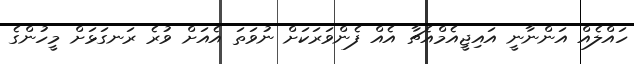
ހައްލެއް އަންނާނީ އައިޖީއެމްއެޗާ އެއް ފެންވަރަކަށް ނުވަތަ އެއަށް ވުރެ ރަނގަޅަށް މީހުންގެ